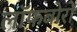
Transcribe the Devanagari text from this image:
लॉफबोरो